Vital statistics of India. Vol. VI, European troops 1870-79
Year: 1870
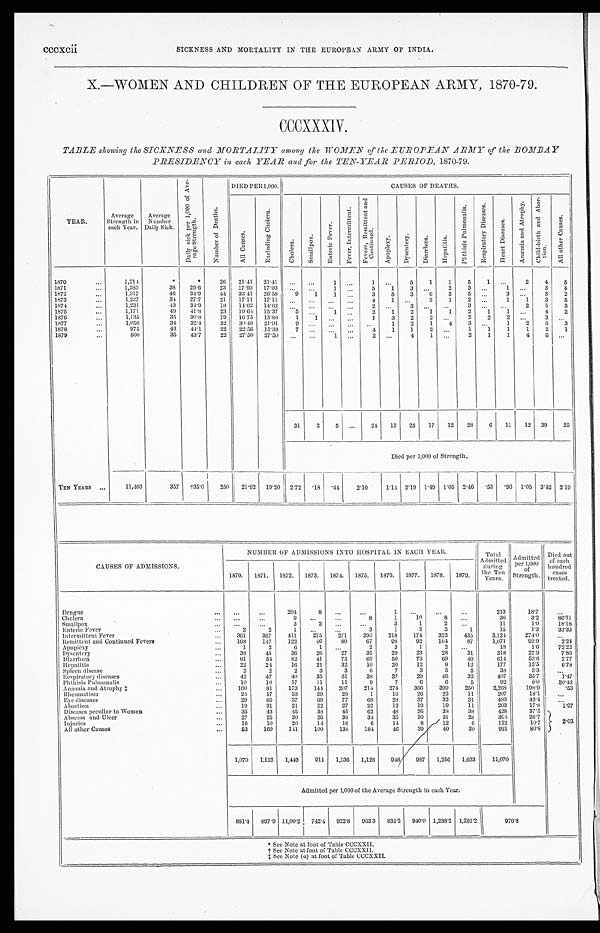
cccxcii SICKNESS AND MORTALITY IN THE EUROPEAN ARMY OF INDIA.
X.—WOMEN AND CHILDREN OF THE EUROPEAN ARMY, 1870-79.
CCCXXXIV.
TABLE showing the SICKNESS and MORTALITY among the WOMEN of the EUROPEAN ARMY of the BOMBAY
PRESIDENCY in each YEAR and for the TEN-YEAR PERIOD, 1870-79.
YEAR.
Average
Strength in
each Year.
Average
Number
Daily Sick.
D a i l y s i c k p e r 1 , 0 0 0 o f A v e -
r a g e S t r e n g t h .
N u m b e r o f D e a t h s .
DIED PER 1,000.
CAUSES OF DEATHS.
A l l C a u s e s .
E x l u d i n g C h o l e r a .
C h o l e r a .
S m a l l p o x .
E n t e r i c F e v e r .
F e v e r , I n t e r m i t t e n t .
F e v e r s , R e m i t t e n t a n d
C o n t i n u e d .
A p o p l e x y .
D y s e n t e r y . D i a r r h œ a .
He p a t i t i s .
P h t h i s i s P u l m o n a l i s .
R e s p i r a t o r y D i s e a s e s .
H e a r t D i s e a s e s .
A n æ m i a a n d A t r o p h y . C h i l d - b i r t h a n d A b o r -
t i on.
A l l o t h e r C a u s e s .
1 8 7 0
. . .
1,214
*
*
26 21.41 21.41 ... ...
1 ...
1 ...
5
1
1
5
1 ...
2
4
5
1871
. . .
1,283
38 29.6
23 17.93 17.93 ... ...
1
. . .
5
1
3 . . . 2
3
. . . 1 . . .
3
4
1872
. . .
1,317
46 34.9
44 33.41 26.58
9
1
1 . . .
3
5 3
6
3
5
. . . 3 . . .
3
2
1873
. . .
1,227
34 27.7
21 17.11 17.11
. . .
. . .
. . . . . .
4
1
. . . 3
1
2
. . . 1
1
3
5
1874
...
1,231
43 34.9
18 14.62 14.62
...
. . . ... ...
2
. . .
3 . . . . . .
3
. . .
. . . 2
5
3
1875
...
1,171
49 41.8
23 19.64 15.37 5
. . . 1
. . .
2
1
2
1
1
2
1
1
. . . 4
2
1 8 7 6
. . .
1,135
35 30.8
19 16.75 15.86
1
1 ...
...
1
3 2
2 . . . 2
2
2
. . . 3
. . .
1877
. . .
1,050
34 32.4
32 30.48 21.91
9
. . . . . .
. . .
. . . 1
2
1
4
3 ...
1
2
6
3
1878
...
975
43 44.1
22 22.56 15.38
7
. . . ... ...
4
1
1
2 . . . 1
1
1
1
2
1
1879
...
800
35 43.7
22 27.50 27.50 . . .
...
1 ...
2
. . .
4
1 ...
2
1
1
4
6 ...
31
2
5 ...
24 13 25 17 12 28
6 11 12 39
25
Died per 1,000 of Strength.
TEN YEARS ...
11,403
357 †35.0 250 21.92 19.20 2.72 .18 .44
2.10
1.14 2.19 1.49 1.05 2.46 .53 .96 1.05 3.42 2.19
CAUSES OF A D M I S S I O N S .
NUMBER OF ADMISSIONS INTO HOSPITAL IN EACH YEAR.
Total
Admitted
during t h e T e n
Years.
Admitted
per 1, 000 of
Strength.
Died out
of each
hundred c a s e s
treated.
1870. 1871. 1872. 1873. 1874. 1875. 1876. 1877. 1878. 1879.
Dengue
. . . . . .
...
2 0 4
8
. . .
...
1 ...
...
...
213
18.7
...
Cholera
... ...
...
9 ...
...
8
1
10
8 ...
36
3.2
86.11
Smallpox
... ...
...
3
2
. . . ...
3
1
2
. . .
11
1.0
18.18
Enteric Fever
...
2
2
1 ...
...
3
1
2
3
1
15
1.3
33.33
Intermittent Fever
...
361
367
411
275
271
290
218
174
322
435
3,124
274.0
...
Remittent and Continued Fevers
...
168 147
122
46
80
67
98
92
164
87
1,071
93.9
2.24
Apoplexy
...
1
2
6
1
. . .
2
3
1
2
. . .
18
1.6
72.22
Dysentery
... 38
45
36
26
27
35
29
23
28
31
318
27.9
7.86
Diarrhœa
...
61
54
82
41
75
69
50
73
69
40
614
53.8
2.77
Hepatitis
...
22
24
16
21
32
10
20
12
8
12
177
15.5
6.78
Spleen disease
...
2
2
2
3
3
6
7
3
5
5
38
3.3
...
Respiratory diseases
...
42
47
40
35
61
38
37
29
46
32
407
35.7
1.47
Pht hisis P ulmonalis
... 10
10
17
11
11
9
7
6
6
5
92
8.0
30.43
Anæmia and Atrophy ‡
...
160
81
173
144 207
214
274 366
399
250
2,268
198.9
.53
Rheumatism
...
24
17
33
29
28
1
16
26
22
11
207
18.1
...
Eye diseases
... 29
85
37
69
77
68
28
37
32
21
483
42.4
. . .
Abortion
... 19
31
21
22
27
22
12
19
19
11
203
17.8
1.97
Diseases peculiar to Women
...
35
43
45
38
45
62
48
36
38
38
428
37.5
2.03
Abscess and Ulcer
...
27
25
30
26
38
34
35
30
31
28
364
26.7
I n j u r i e s
...
16
10
20
14
16
6
14
8
12
6
122
10.7
All other Causes
...
53
160
141
100
138
184
46
39
40
20
921
80.8
1,070 1,152 1,449 911 1,136 1,128 948
987 1,256 1,033
11,070
Admitted per 1,000 of the Average Strengths in each Year.
881.4 897.9 11,00.2 742.4 922.8 963.3 835.2 940.0 1,288.2 1,291.2
9 7 0 . 8
* See Note at foot of Table CCCXXII.
f o o t o f
T a b l e
C C C X X I I .
)
a t
f o o t o f
T a b l e
C C C X X I I .